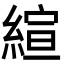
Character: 縇